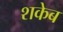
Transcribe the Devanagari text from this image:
शकेब